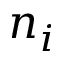
n _ { i }